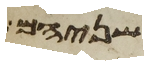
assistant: שניהם